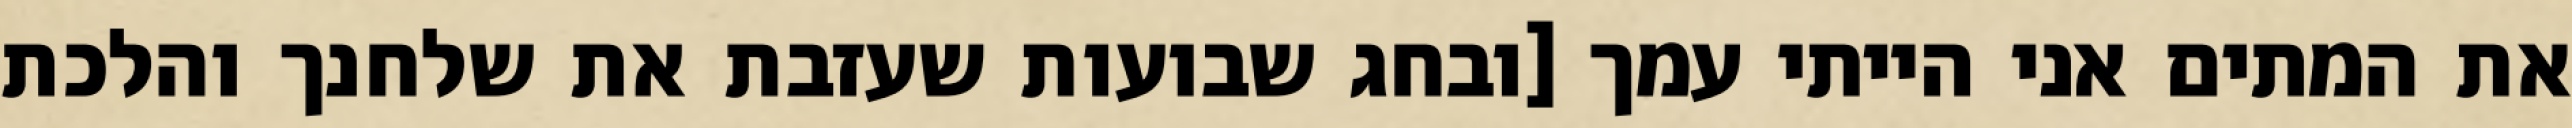
את המתים אני הייתי עמך [ובחג שבועות שעזבת את שלחנך והלכת